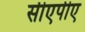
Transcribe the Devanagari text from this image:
सीएपीए